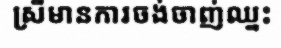
ស្រីមានការចង់ចាញ់ឈ្នះ